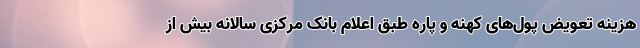
هزینه تعویض پول‌های کهنه و پاره طبق اعلام بانک مرکزی سالانه بیش از